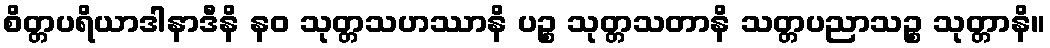
စိတ္တပရိယာဒါနာဒီနိ နဝ သုတ္တသဟဿာနိ ပဉ္စ သုတ္တသတာနိ သတ္တပညာသဉ္စ သုတ္တာနိ။